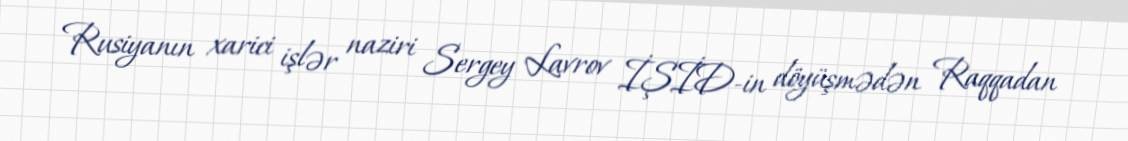
Rusiyanın xarici işlər naziri Sergey Lavrov İŞİD-in döyüşmədən Raqqadan